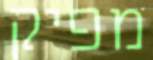
מפיק